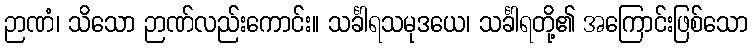
ဉာဏံ၊ သိသော ဉာဏ်လည်းကောင်း။ သင်္ခါရသမုဒယေ၊ သင်္ခါရတို့၏ အကြောင်းဖြစ်သော